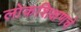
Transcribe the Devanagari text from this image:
लोकशिक्षणचे